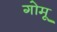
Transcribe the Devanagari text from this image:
गोमू